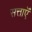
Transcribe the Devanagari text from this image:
सत्ताऍं